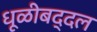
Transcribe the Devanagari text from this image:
धूळीबद्दल